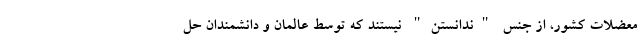
معضلات کشور، از جنس "ندانستن" نیستند که توسط عالمان و دانشمندان حل